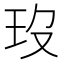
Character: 𤣻